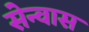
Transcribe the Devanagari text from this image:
सेन्वास